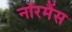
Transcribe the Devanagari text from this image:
नॉरमैंस